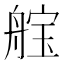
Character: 𮎓